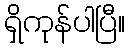
ရှိကုန်ပါပြီ။